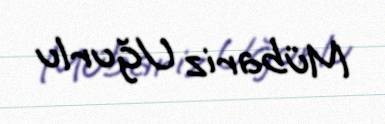
Mübariz Uğurlu